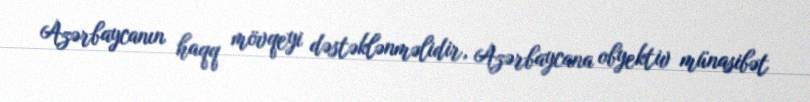
Azərbaycanın haqq mövqeyi dəstəklənməlidir, Azərbaycana obyektiv münasibət